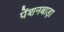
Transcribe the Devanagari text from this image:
पेंशनबाड़ा